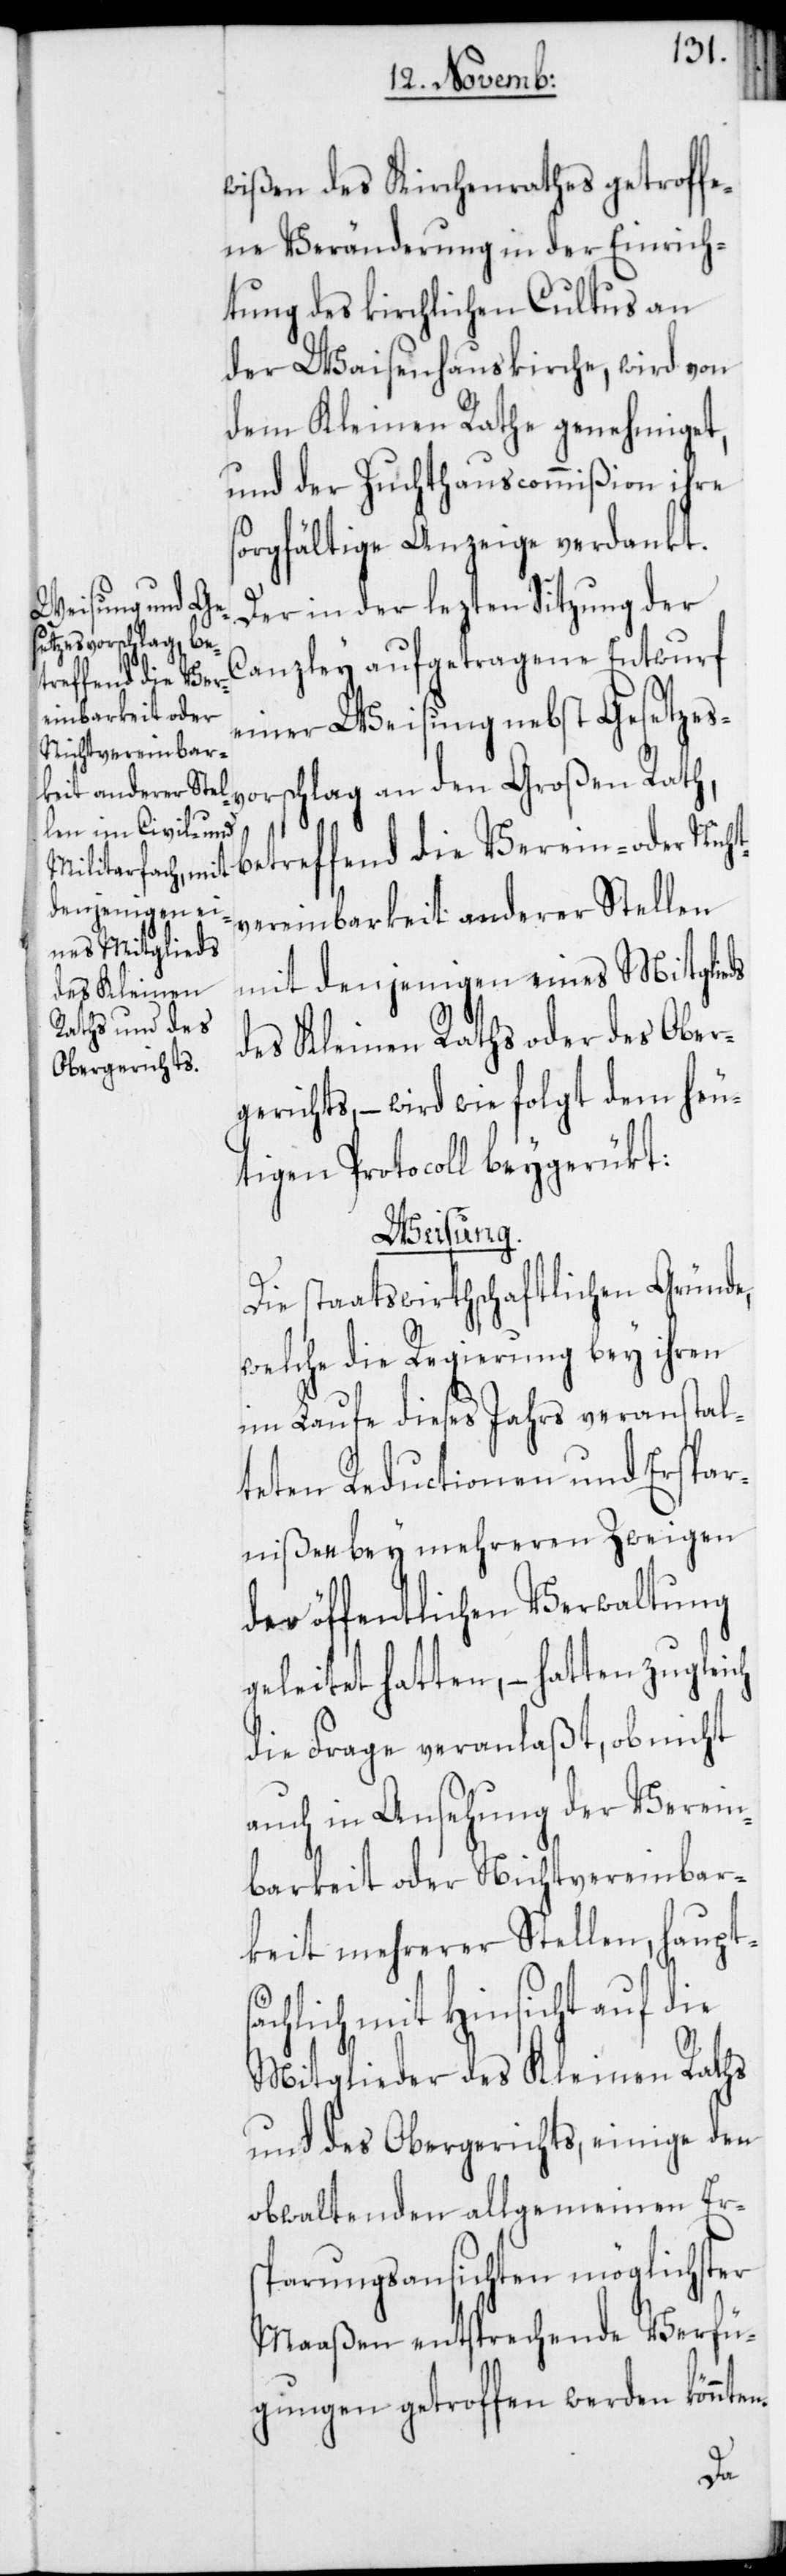
wißen des Kirchenrathes getroffe¬
ne Veränderung in der Einrich¬
tung des kirchlichen Cultus an
der Waisenhauskirche, wird von
dem Kleinen Rathe genehmiget,
und der Zuchthauscommißion ihre
sorgfältige Anzeige verdankt.
Der in der lezten Sitzung der
etzesvorschlag an den
Canzley aufgetragene Entwurf
einer Weisung nebst Ges¬
betreffend die Verein- oder Nich¬
tvereinbarkeit anderer Stellen
mit denjenigen eines Mitglieds
des Kleinen Raths oder des Ober¬
gerichts, – wird wie folgt dem heu¬
tigen Protocoll beygerükt:
Weisung.
Die staatswirthschaftlichen Gründe,
welche die Regierung bey ihren
im Laufe dieses Jahres veranstal¬
teten Reductionen und Erspar¬
nißen bey mehreren Zweigen
der öffentlichen Verwaltung
geleitet hatten, – hatten zugleich
die Frage veranlaßt, ob nicht
auch in Ansehung der Verein¬
barkeit oder Nichtvereinbar¬
keit mehrerer Stellen, haupts¬
ächlich mit Hinsicht auf die
Mitglieder des Kleinen Raths
und des Obergerichts, einige den
obwaltenden allgemeinen Er¬
sparungsansichten möglichster
Maaßen entsprechende Verfü¬
gungen getroffen werden könnten.